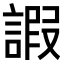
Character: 𧪕